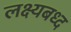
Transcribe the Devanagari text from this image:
लक्ष्यबध्द